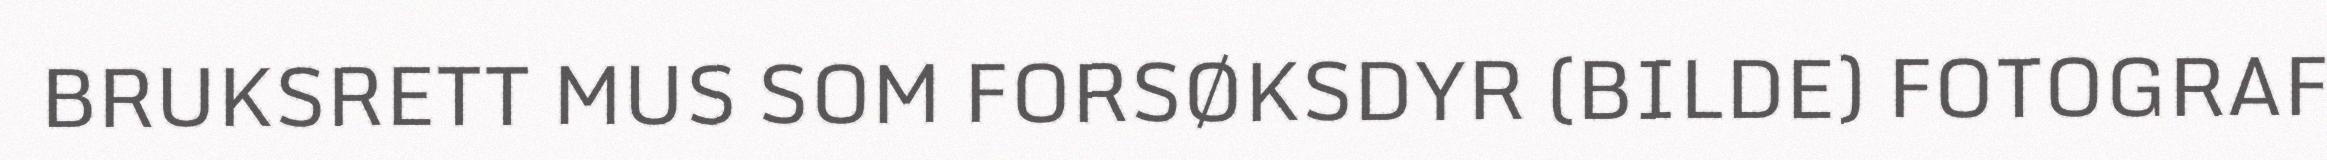
BRUKSRETT MUS SOM FORSØKSDYR (BILDE) FOTOGRAF